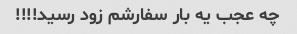
چه عجب یه بار سفارشم زود رسید!!!!